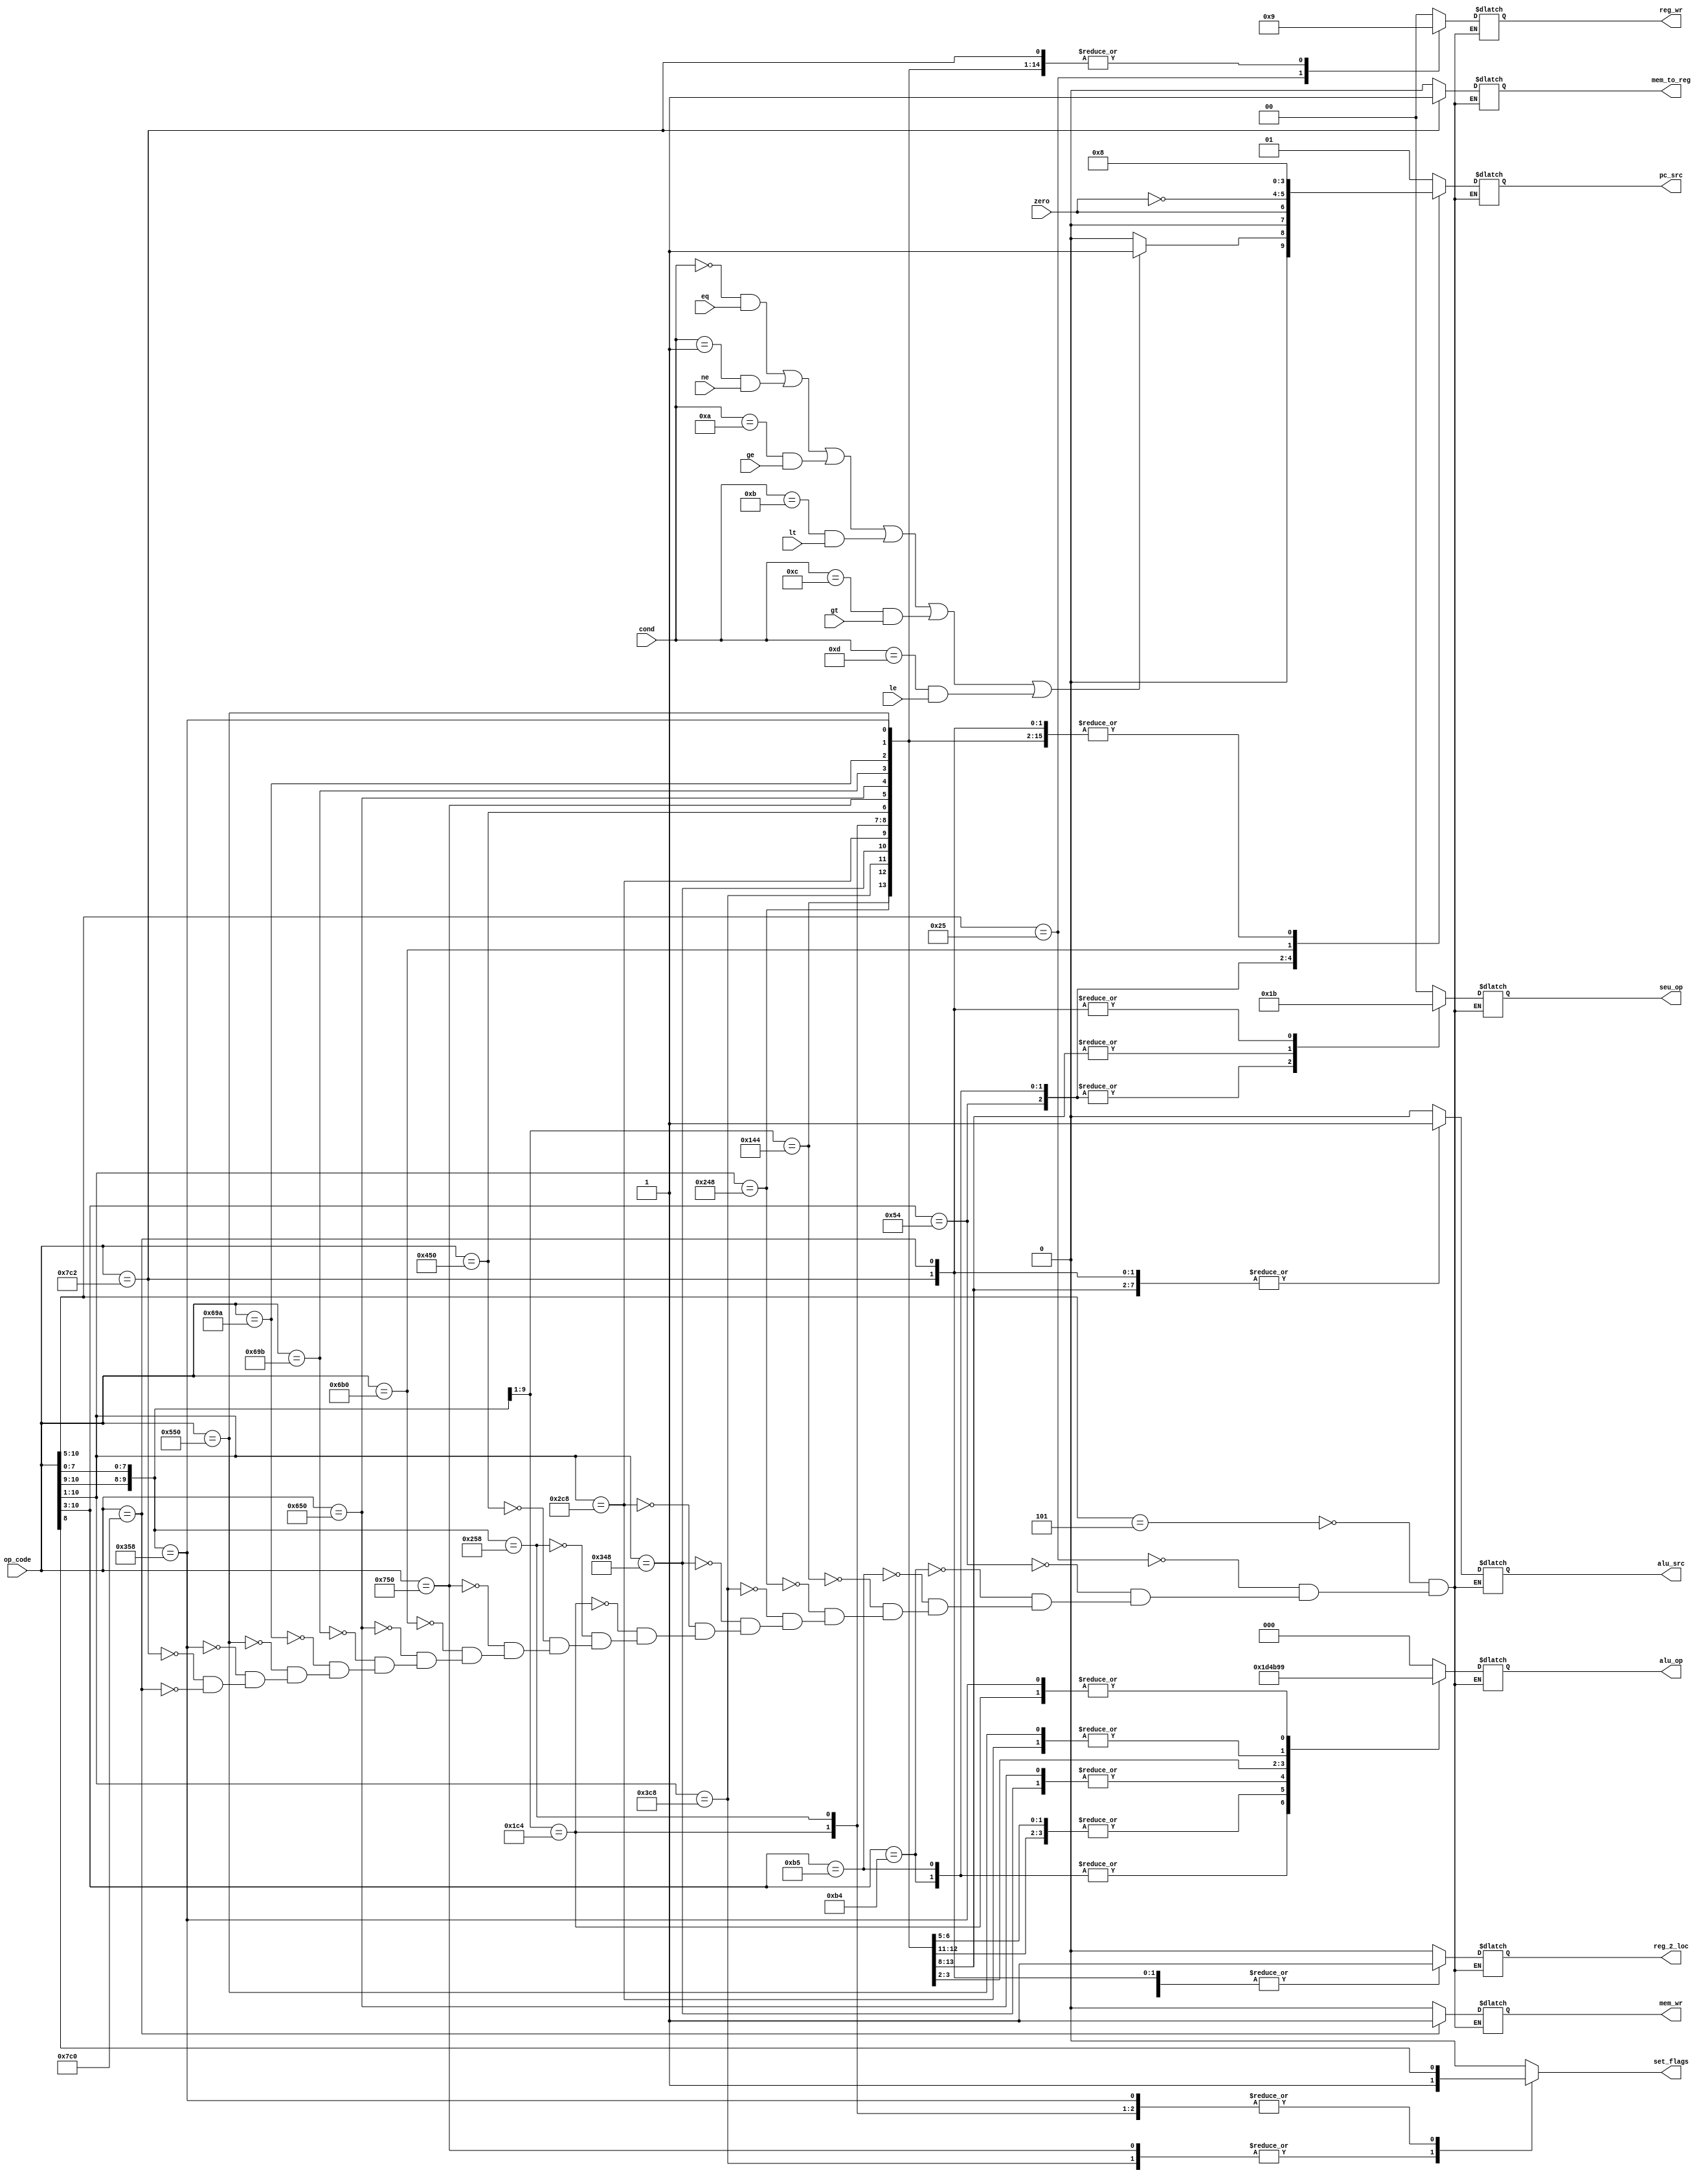
`timescale 1ns / 1ps

module CU(
	input [10:0] op_code,
	input [3:0] cond,
	input zero,
	input eq,
	input ne,
	input ge,
	input lt,
	input gt,
	input le,
	output reg reg_2_loc,
	output reg [1:0] seu_op,
	output reg alu_src,
	output reg [2:0] alu_op,
	output reg mem_wr,
	output reg mem_to_reg,
	output reg [1:0] reg_wr,
	output reg [1:0] pc_src,
	output reg set_flags
	);

	always @(*) begin
		set_flags  <= 1'b0;
		casez (op_code)
			// format B -------------------------------------------------------
			
			// B
			11'b000101zzzzz: begin
				reg_2_loc  <= 1'b0; // dc
				seu_op     <= 2'b00;
				alu_src    <= 1'b0; // dc
				alu_op     <= 3'b000; // dc
				mem_wr     <= 1'b0;
				mem_to_reg <= 1'b0; // dc
				reg_wr     <= 2'b00;
				pc_src     <= 2'b01;
			end

			// BL
			11'b100101zzzzz: begin
				reg_2_loc  <= 1'b0; // dc
				seu_op     <= 2'b00;
				alu_src    <= 1'b0; // dc
				alu_op     <= 3'b000; // dc
				mem_wr     <= 1'b0;
				mem_to_reg <= 1'b0; // dc
				reg_wr     <= 2'b10;
				pc_src     <= 2'b01;
			end

			// format CB ------------------------------------------------------
			
			// B.cond
			11'b01010100zzz: begin
				reg_2_loc  <= 1'b1; // dc
				seu_op     <= 2'b01;
				alu_src    <= 1'b0; // dc
				alu_op     <= 3'b000; // dc
				mem_wr     <= 1'b0;
				mem_to_reg <= 1'b0; // dc
				reg_wr     <= 2'b00;

				if ((cond == 4'b0000 && eq) || (cond == 4'b0001 && ne)
						|| (cond == 4'b1010 && ge) || (cond == 4'b1011 && lt)
						|| (cond == 4'b1100 && gt) || (cond == 4'b1101 && le))
					pc_src <= 2'b01;
				else
					pc_src <= 2'b00;
			end

			// CBZ
			11'b10110100zzz: begin
				reg_2_loc  <= 1'b1;
				seu_op     <= 2'b01;
				alu_src    <= 1'b0;
				alu_op     <= 3'b111;
				mem_wr     <= 1'b0;
				mem_to_reg <= 1'b0; // dc
				reg_wr     <= 2'b00;
				pc_src     <= zero;
			end

			// CBNZ
			11'b10110101zzz: begin
				reg_2_loc  <= 1'b1;
				seu_op     <= 2'b01;
				alu_src    <= 1'b0;
				alu_op     <= 3'b111;
				mem_wr     <= 1'b0;
				mem_to_reg <= 1'b0; // dc
				reg_wr     <= 2'b00;
				pc_src     <= ~zero;
			end

			// format I -------------------------------------------------------
			
			// ADDI, ADDIS
			11'b10z1000100z: begin
				reg_2_loc  <= 1'b0; // dc
				seu_op     <= 2'b10;
				alu_src    <= 1'b1;
				alu_op     <= 3'b000;
				mem_wr     <= 1'b0;
				mem_to_reg <= 1'b0;
				reg_wr     <= 2'b01;
				pc_src     <= 2'b00;
				set_flags  <= op_code[8];
			end

			// ANDI
			11'b1001001000z: begin
				reg_2_loc  <= 1'b0; // dc
				seu_op     <= 2'b10;
				alu_src    <= 1'b1;
				alu_op     <= 3'b010;
				mem_wr     <= 1'b0;
				mem_to_reg <= 1'b0;
				reg_wr     <= 2'b01;
				pc_src     <= 2'b00;
			end

			// ANDIS
			11'b1111001000z: begin
				reg_2_loc  <= 1'b0; // dc
				seu_op     <= 2'b10;
				alu_src    <= 1'b1;
				alu_op     <= 3'b010;
				mem_wr     <= 1'b0;
				mem_to_reg <= 1'b0;
				reg_wr     <= 2'b01;
				pc_src     <= 2'b00;
				set_flags  <= 1'b1;
			end

			// EORI
			11'b1101001000z: begin
				reg_2_loc  <= 1'b0; // dc
				seu_op     <= 2'b10;
				alu_src    <= 1'b1;
				alu_op     <= 3'b100;
				mem_wr     <= 1'b0;
				mem_to_reg <= 1'b0;
				reg_wr     <= 2'b01;
				pc_src     <= 2'b00; 
			end

			// ORRI
			11'b1011001000z: begin
				reg_2_loc  <= 1'b0; // dc
				seu_op     <= 2'b10;
				alu_src    <= 1'b1;
				alu_op     <= 3'b011;
				mem_wr     <= 1'b0;
				mem_to_reg <= 1'b0;
				reg_wr     <= 2'b01;
				pc_src     <= 2'b00; 
			end

			// SUBI, SUBIS
			11'b11z1000100z: begin
				reg_2_loc  <= 1'b0; // dc
				seu_op     <= 2'b10;
				alu_src    <= 1'b1;
				alu_op     <= 3'b001;
				mem_wr     <= 1'b0;
				mem_to_reg <= 1'b0;
				reg_wr     <= 2'b01;
				pc_src     <= 2'b00;
				set_flags  <= op_code[8];
			end

			// format R  ------------------------------------------------------
			
			// ADD, ADDS
			11'b10z01011000: begin
				reg_2_loc  <= 1'b0;
				seu_op     <= 2'b00; // dc
				alu_src    <= 1'b0;
				alu_op     <= 3'b000;
				mem_wr     <= 1'b0;
				mem_to_reg <= 1'b0;
				reg_wr     <= 2'b01;
				pc_src     <= 2'b00;
				set_flags  <= op_code[8];
			end

			// AND
			11'b10001010000: begin
				reg_2_loc  <= 1'b0;
				seu_op     <= 2'b00; // dc
				alu_src    <= 1'b0;
				alu_op     <= 3'b010;
				mem_wr     <= 1'b0;
				mem_to_reg <= 1'b0;
				reg_wr     <= 2'b01;
				pc_src     <= 2'b00;
			end

			// ANDS
			11'b11101010000: begin
				reg_2_loc  <= 1'b0;
				seu_op     <= 2'b00; // dc
				alu_src    <= 1'b0;
				alu_op     <= 3'b010;
				mem_wr     <= 1'b0;
				mem_to_reg <= 1'b0;
				reg_wr     <= 2'b01;
				pc_src     <= 2'b00;
				set_flags  <= 1'b1;
			end

			// BR
			11'b11010110000: begin
				reg_2_loc  <= 1'b1;
				seu_op     <= 2'b00; // dc
				alu_src    <= 1'b0; // dc
				alu_op     <= 3'b000; // dc
				mem_wr     <= 1'b0;
				mem_to_reg <= 1'b0;
				reg_wr     <= 2'b00;
				pc_src     <= 2'b10;
			end

			// EOR
			11'b11001010000: begin
				reg_2_loc  <= 1'b0;
				seu_op     <= 2'b00; // dc
				alu_src    <= 1'b0;
				alu_op     <= 3'b100;
				mem_wr     <= 1'b0;
				mem_to_reg <= 1'b0;
				reg_wr     <= 2'b01;
				pc_src     <= 2'b00; 
			end

			// LSL
			11'b11010011011: begin
				reg_2_loc  <= 1'b0;	// dc
				seu_op     <= 2'b00; // dc
				alu_src    <= 1'b0;	// dc
				alu_op     <= 3'b101;
				mem_wr     <= 1'b0;
				mem_to_reg <= 1'b0;
				reg_wr     <= 2'b01;
				pc_src     <= 2'b00; 
			end

			// LSR
			11'b11010011010: begin
				reg_2_loc  <= 1'b0;	// dc
				seu_op     <= 2'b00; // dc
				alu_src    <= 1'b0;	// dc
				alu_op     <= 3'b110;
				mem_wr     <= 1'b0;
				mem_to_reg <= 1'b0;
				reg_wr     <= 2'b01;
				pc_src     <= 2'b00; 
			end

			// ORR
			11'b10101010000: begin
				reg_2_loc  <= 1'b0;
				seu_op     <= 2'b00; // dc
				alu_src    <= 1'b0;
				alu_op     <= 3'b011;
				mem_wr     <= 1'b0;
				mem_to_reg <= 1'b0;
				reg_wr     <= 2'b01;
				pc_src     <= 2'b00; 
			end

			// SUB, SUBS
			11'b11z01011000: begin
				reg_2_loc  <= 1'b0;
				seu_op     <= 2'b00; // dc
				alu_src    <= 1'b0;
				alu_op     <= 3'b001;
				mem_wr     <= 1'b0;
				mem_to_reg <= 1'b0;
				reg_wr     <= 2'b01;
				pc_src     <= 2'b00;
				set_flags  <= op_code[8];
			end

			// format D -------------------------------------------------------
			
			// LDUR
			11'b11111000010: begin
				reg_2_loc  <= 1'b1;
				seu_op     <= 2'b11;
				alu_src    <= 1'b1;
				alu_op     <= 3'b000;
				mem_wr     <= 1'b0;
				mem_to_reg <= 1'b1;
				reg_wr     <= 2'b01;
				pc_src     <= 2'b00;
			end

			// STUR
			11'b11111000000: begin
				reg_2_loc  <= 1'b1;
				seu_op     <= 2'b11;
				alu_src    <= 1'b1;
				alu_op     <= 3'b000;
				mem_wr     <= 1'b1;
				mem_to_reg <= 1'b0; // dc
				reg_wr     <= 2'b00;
				pc_src     <= 2'b00;
			end

		endcase
	end

endmodule